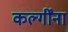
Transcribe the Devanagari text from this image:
कर्ल्गींना